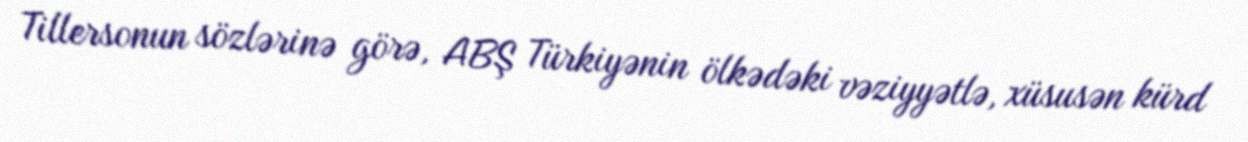
Tillersonun sözlərinə görə, ABŞ Türkiyənin ölkədəki vəziyyətlə, xüsusən kürd